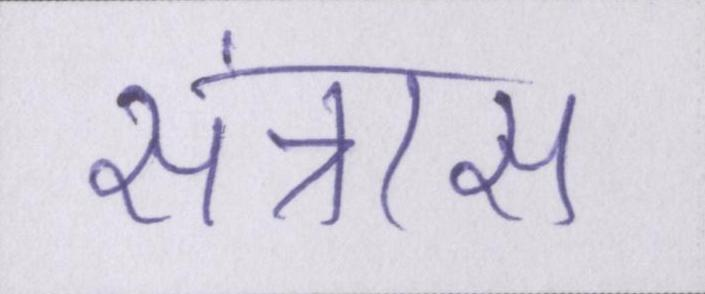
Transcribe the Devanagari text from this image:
संत्रास